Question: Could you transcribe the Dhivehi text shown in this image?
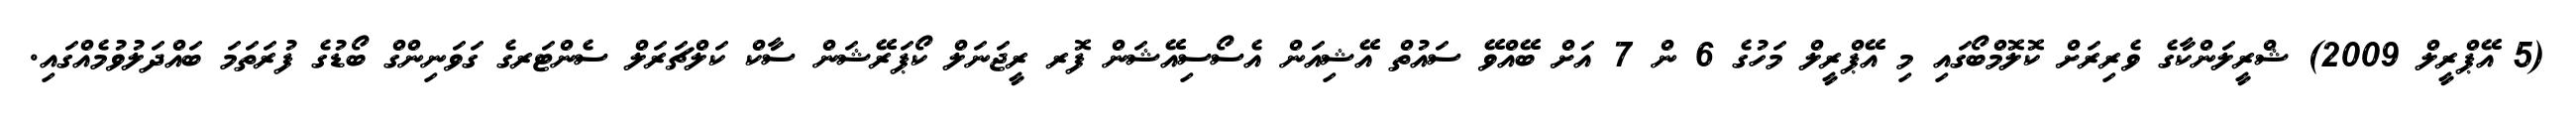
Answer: (5 އޭޕްރީލް 2009) ޝްރީލަންކާގެ ވެރިރަށް ކޮލޮމްބޯގައި މި އޭޕްރީލް މަހުގެ 6 ން 7 އަށް ބޭއްވޭ ސައުތް އޭޝިއަން އެސޯސިއޭޝަން ފޮރ ރީޖަނަލް ކޯޕަރޭޝަން ސާކް ކަލްޗަރަލް ސެންޓަރގެ ގަވަނިންގް ބޯޑުގެ ފުރަތަމަ ބައްދަލުވުމެއްގައި.